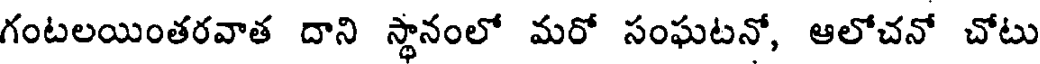
గంటలయింతరవాత దాని స్థానంలో మరో సంఘటనో, ఆలోచనో చోటు